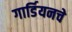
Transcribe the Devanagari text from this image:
गार्डियनचे